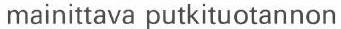
mainittava putkituotannon